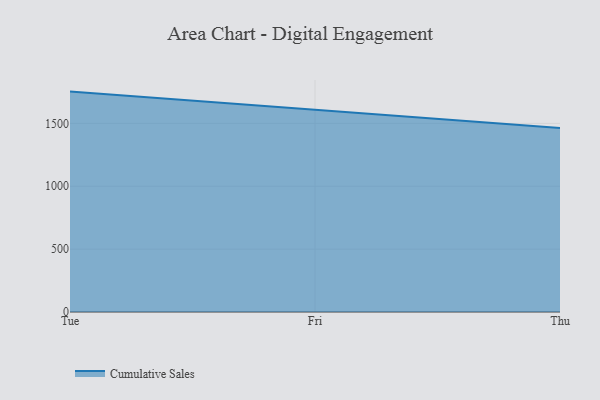
{"axis": {"x": "Day", "y": "Satisfaction Score"}, "legend": ["Cumulative Sales"], "data": [{"x": "Tue", "y": 1752.8, "type": "Cumulative Sales"}, {"x": "Fri", "y": 1610.0, "type": "Cumulative Sales"}, {"x": "Thu", "y": 1464.0, "type": "Cumulative Sales"}]}